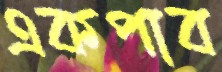
একপাব